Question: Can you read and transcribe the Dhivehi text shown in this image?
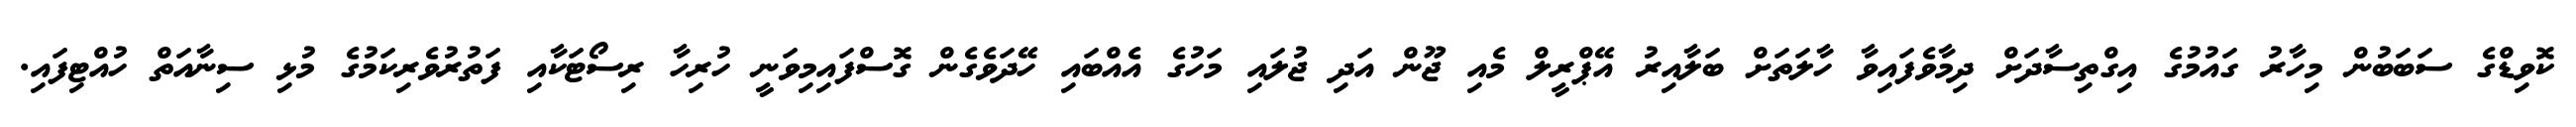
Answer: ކޮވިޑްގެ ސަބަބުން މިހާރު ގައުމުގެ އިގްތިސާދަށް ދިމާވެފައިވާ ހާލަތަށް ބަލާއިރު އޭޕްރީލް މެއި ޖޫން އަދި ޖުލައި މަހުގެ އެއްބައި ހޭދަވެގެން ގޮސްފައިމިވަނީ ހުރިހާ ރިސޯޓަކާއި ފަތުރުވެރިކަމުގެ މުޅި ސިނާއަތް ހުއްޓިފައި.